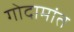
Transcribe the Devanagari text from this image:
गोदामांत